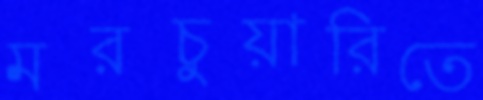
মরচুয়ারিতে